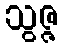
သွဇ္ဇ